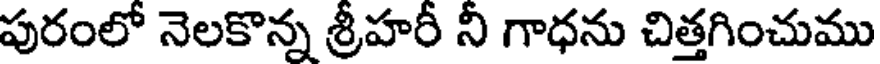
పురంలో నెలకొన్న శ్రీహరీ నీ గాధను చిత్తగించుము